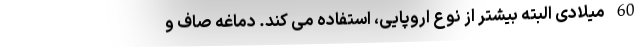
60 میلادی البته بیشتر از نوع اروپایی، استفاده می کند. دماغه صاف و